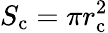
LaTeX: S_{\mathrm{c}}=\pi r_{\mathrm{c}}^{2}